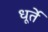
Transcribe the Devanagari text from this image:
धूर्ते